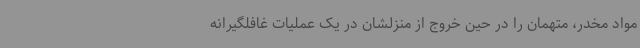
مواد مخدر، متهمان را در حین خروج از منزلشان در یک عملیات غافلگیرانه